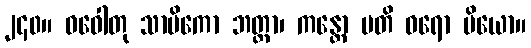
၂၄၀။ ဓဝေါတု သာမိကော ဘတ္တာ၊ ကန္တော ပတိ ဝရော ပိယော။